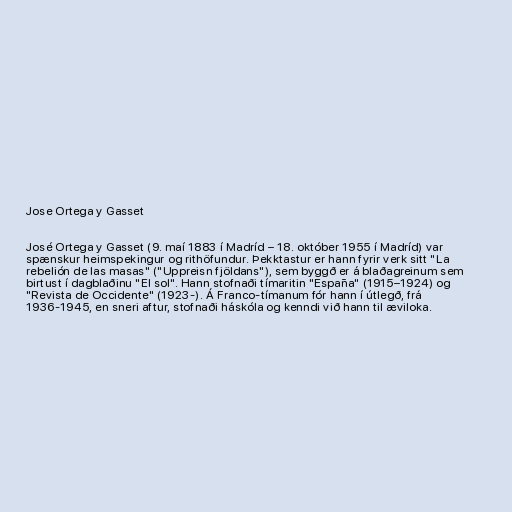
Jose Ortega y Gasset

José Ortega y Gasset (9. maí 1883 í Madríd – 18. október 1955 í Madríd) var
spænskur heimspekingur og rithöfundur. Þekktastur er hann fyrir verk sitt "La
rebelión de las masas" ("Uppreisn fjöldans"), sem byggð er á blaðagreinum sem
birtust í dagblaðinu "El sol". Hann stofnaði tímaritin "España" (1915–1924) og
"Revista de Occidente" (1923-). Á Franco-tímanum fór hann í útlegð, frá
1936-1945, en sneri aftur, stofnaði háskóla og kenndi við hann til æviloka.